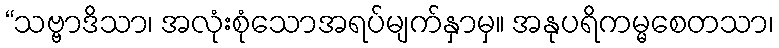
“သဗ္ဗာဒိသာ၊ အလုံးစုံသောအရပ်မျက်နှာမှ။ အနုပရိကမ္မစေတသာ၊